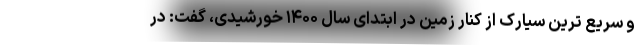
و سریع ترین سیارک از کنار زمین در ابتدای سال ۱۴۰۰ خورشیدی، گفت: در